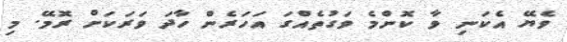
ވެޔޭ އެކަނި ވާ ކޮންމެ ވަގުތެއްގަ އަހަރެން ހާދަ ވަރަކަށް ރޮމޭ. މި